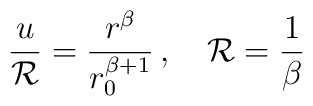
{u \over {\cal R}}= {r^{\beta} \over r_0^{\beta + 1}}\, , \quad {\cal R} = {1 \over \beta}